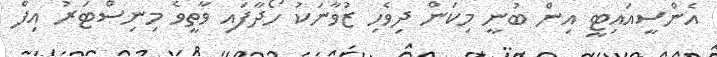
އެންސީއައިޓީ އިން ބުނީ މިކަން ދިވެހި ޒުވާނަކު ހޯދާފައި ވާތީވެ މިނިސްޓަރު އިފް